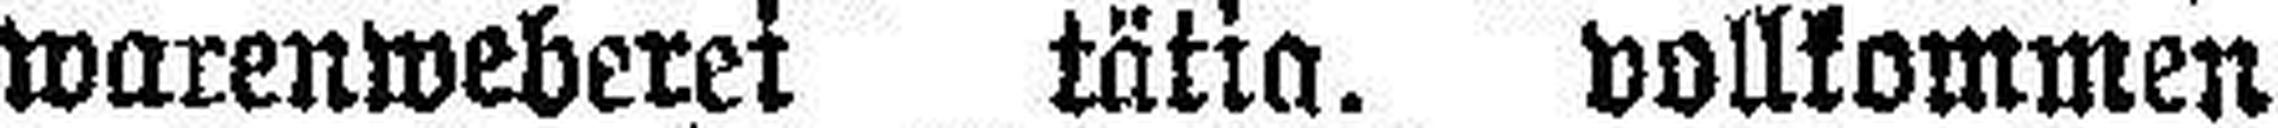
warenweberei tätig. vollkommen